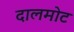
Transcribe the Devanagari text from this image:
दालमोट